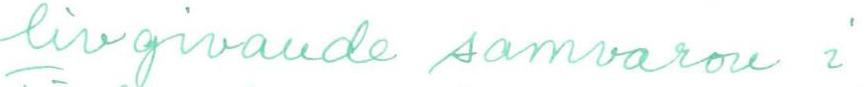
livgivande samvaron i